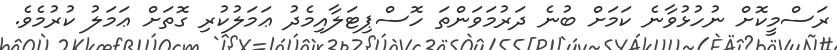
ރަސްމީކޮށް ނުހުޅުވާނެ ކަމަށް ބުނެ ދަރުމަވަންތަ ހޮސްޕިޓަލާއިމެދު ޢަމަލުކުރި ގޮތަށް ޢަމަލު ކުރުމެވެ.